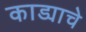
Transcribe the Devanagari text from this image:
काड्याचे